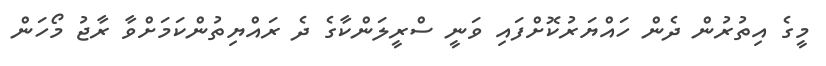
މީގެ އިތުރުން ދެން ހައްޔަރުކޮށްފައި ވަނީ ސްރީލަންކާގެ ދެ ރައްޔިތުންކަމަށްވާ ރާޖު މޯހަން